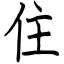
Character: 住